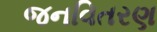
જનવિતરણ